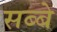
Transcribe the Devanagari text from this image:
सब्बे